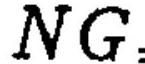
\(NG\)